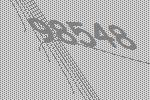
98548